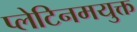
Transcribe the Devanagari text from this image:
प्लेटिनमयुक्त